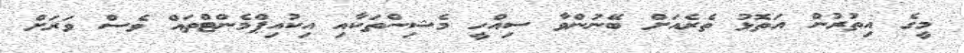
މީގެ އިތުރުން އަތޮޅު ތެރެއަށް ބޭނުންވާ ސިއްހީ މެޝިންތަކާއި އިކުއިޕްމެންޓްތައް ވެސް ވަރަށް